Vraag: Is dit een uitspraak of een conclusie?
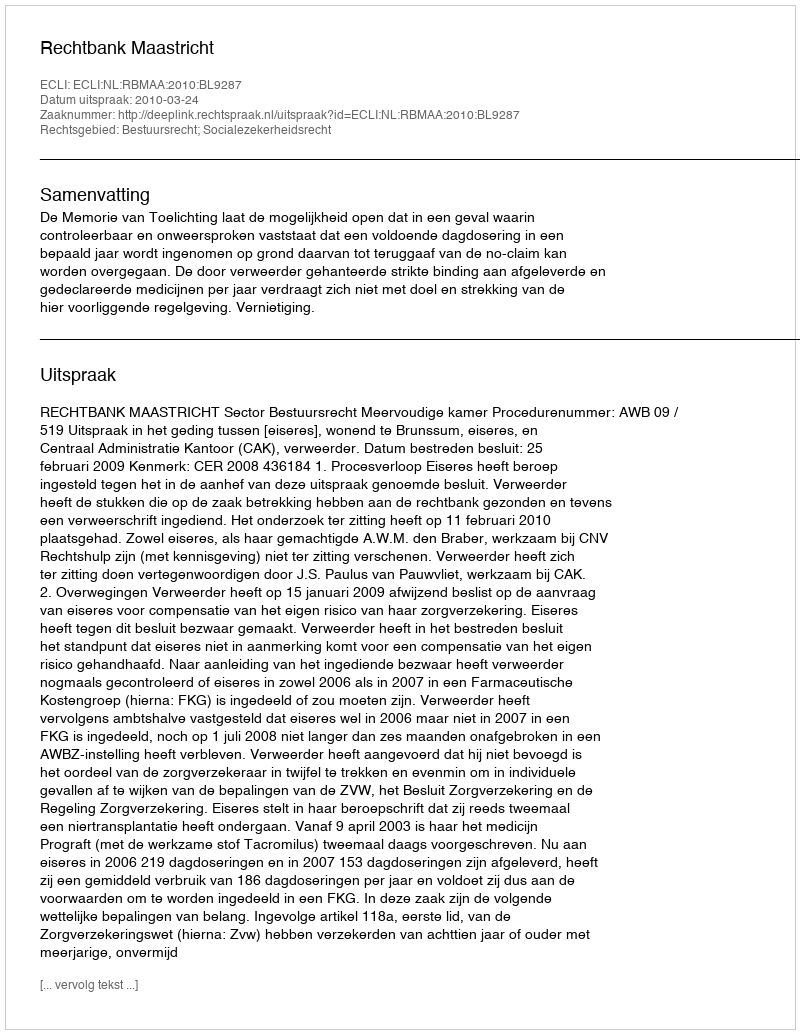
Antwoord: Uitspraak